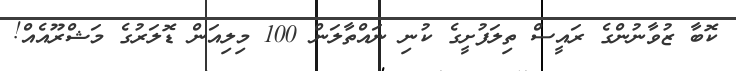
ކޮބާ ޒުވާނުންގެ ރައީސް ތިލަފުށީގެ ކުނި ނައްތާލަން 100 މިލިއަން ޑޮލަރުގެ މަޝްރޫއެއް!